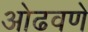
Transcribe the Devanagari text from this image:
ओढवणे